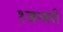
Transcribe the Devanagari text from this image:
१जन्वरी